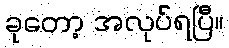
ခုတော့ အလုပ်ရပြီ။